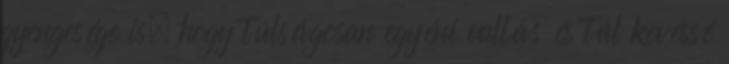
gyengesége is, hogy túlságosan egyéni vallás és túl kevéssé